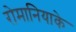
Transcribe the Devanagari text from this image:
रोमानियाके